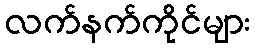
လက်နက်ကိုင်များ